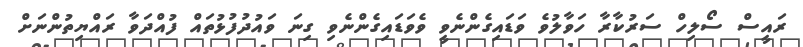
ރައީސް ސޯލިހް ސަރުކާރާ ހަވާލުވެ ވަޑައިގެންނެވީ ވެވަޑައިގެންނެވި ގިނަ ވައުދުފުޅުތައް ފުއްދަވާ ރައްޔިތުންނަށް